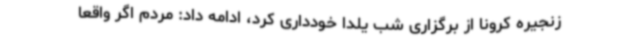
زنجیره کرونا از برگزاری شب یلدا خودداری کرد، ادامه داد: مردم اگر واقعا